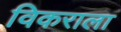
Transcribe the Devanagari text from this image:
विकराला